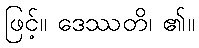
ဖြင့်။ ဒေဿတိ၊ ၏။